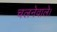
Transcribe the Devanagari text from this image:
चलनेवाले।